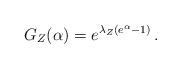
LaTeX: \begin{align*} G_Z(\alpha) = e^{\lambda_Z(e^{\alpha}-1)} \,.\,\end{align*}